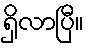
ရှိလာပြီ။